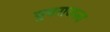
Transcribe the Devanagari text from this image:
युवराजला